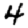
Digit: 4